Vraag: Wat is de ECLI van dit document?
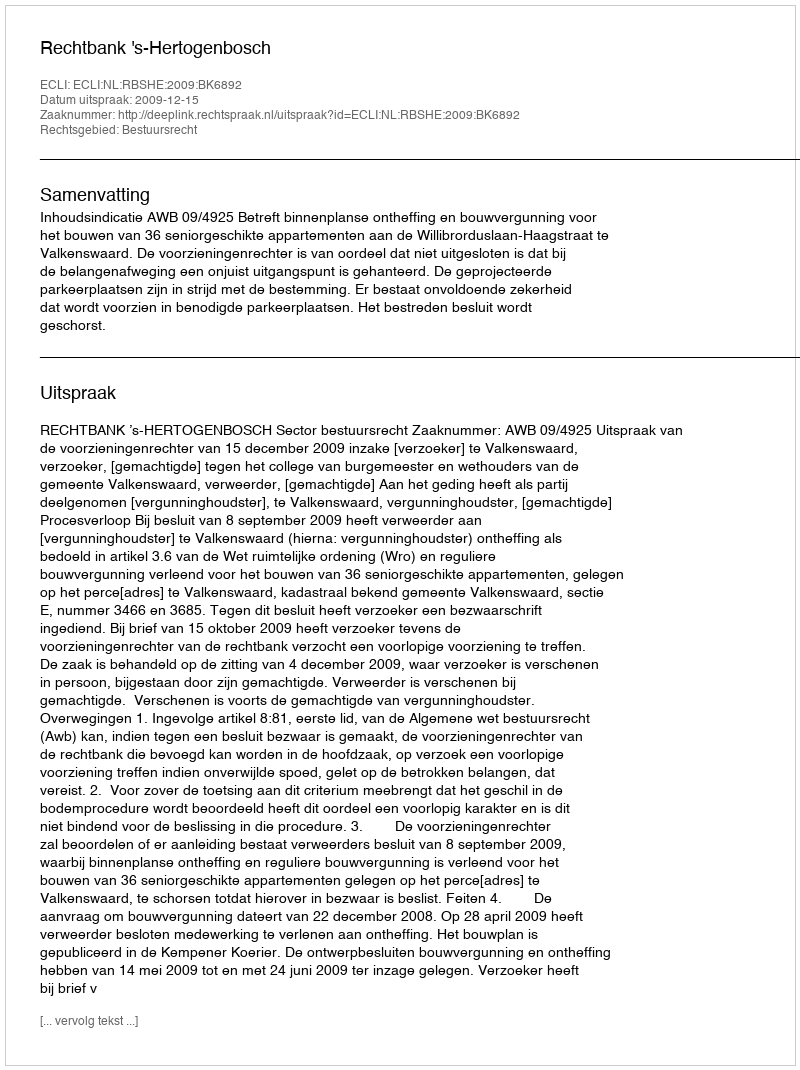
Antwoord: ECLI:NL:RBSHE:2009:BK6892